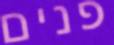
פנים